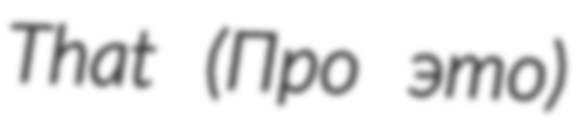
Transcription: That (Про это)